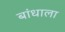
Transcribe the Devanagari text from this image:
बांधाला